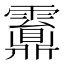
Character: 䨶